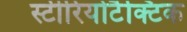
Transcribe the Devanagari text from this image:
स्टीरियोटैक्टिक